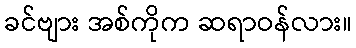
ခင်ဗျား အစ်ကိုက ဆရာဝန်လား။